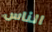
الناس